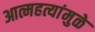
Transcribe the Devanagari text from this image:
आत्महत्यांमुळे